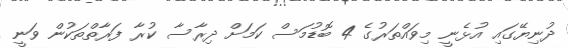
ދުނިޔޭގައި އުޅެނީ މިވައްތަރުގެ 4 ބޮޑުމަސް ކަމަށް ދިރާސާ ކުރާ ފަރާތްތަކުން ވަނީ